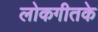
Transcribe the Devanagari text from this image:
लोकगीतके